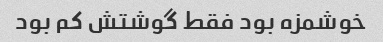
خوشمزه بود فقط گوشتش کم بود